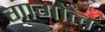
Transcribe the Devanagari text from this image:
गागोल